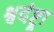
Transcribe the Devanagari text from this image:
श्वदंष्ट्रा